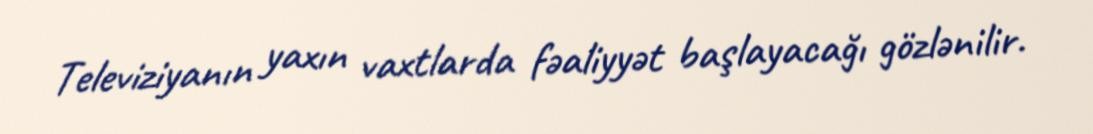
Televiziyanın yaxın vaxtlarda fəaliyyət başlayacağı gözlənilir.